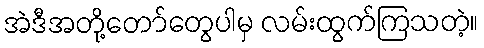
အဲဒီအတို့တော်တွေပါမှ လမ်းထွက်ကြသတဲ့။